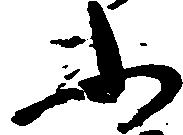
ふ